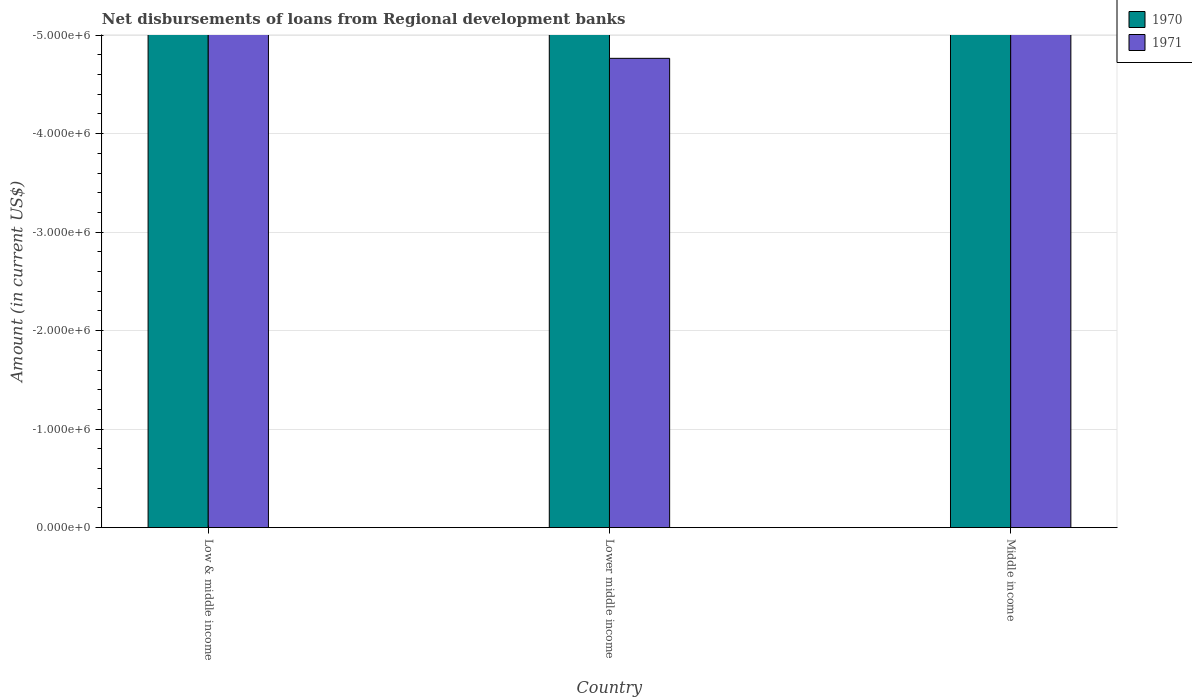
| Country | 1970 | 1971 |
 | --- | --- | --- |
 | Low & middle income | -2.02e+08 | -1.57e+07 |
 | Lower middle income | -2.02e+08 | -4.76e+06 |
 | Middle income | -2.02e+08 | -1.22e+07 |